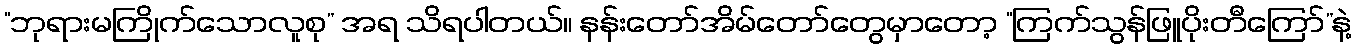
“ဘုရားမကြိုက်သောလူစု” အရ သိရပါတယ်။ နန်းတော်အိမ်တော်တွေမှာတော့ “ကြက်သွန်ဖြူပိုးတီကြော်”နဲ့